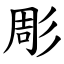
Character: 彫